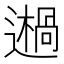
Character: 𨗷